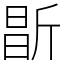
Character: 㫀